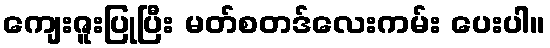
ကျေးဇူးပြုပြီး မတ်စတဒ်လေးကမ်း ပေးပါ။